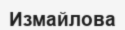
Измайлова